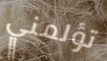
تؤلمني